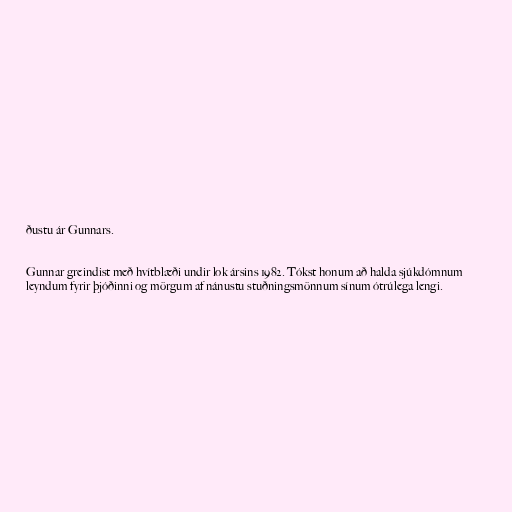
ðustu ár Gunnars.

Gunnar greindist með hvítblæði undir lok ársins 1982. Tókst honum að halda sjúkdómnum
leyndum fyrir þjóðinni og mörgum af nánustu stuðningsmönnum sínum ótrúlega lengi.